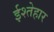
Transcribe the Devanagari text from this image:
ईश्तेहार